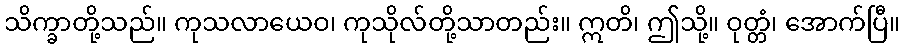
သိက္ခာတို့သည်။ ကုသလာယေဝ၊ ကုသိုလ်တို့သာတည်း။ ဣတိ၊ ဤသို့။ ဝုတ္တံ၊ အောက်ပြီ။